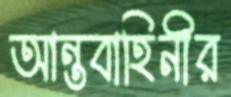
আন্তবাহিনীর